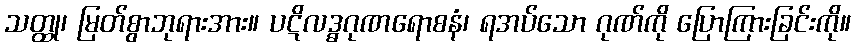
သတ္ထု၊ မြတ်စွာဘုရားအား။ ပဋိလဒ္ဓဂုဏရောစနံ၊ ရအပ်သော ဂုဏ်ကို ပြောကြားခြင်းကို။